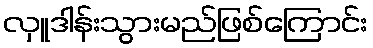
လှူဒါန်းသွားမည်ဖြစ်ကြောင်း